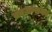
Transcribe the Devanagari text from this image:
क्राजन्सका